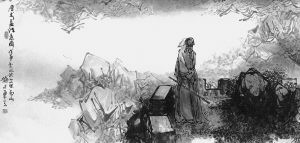
伏波惟愿裹尸还，定远何须生入关。